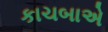
કાચબાએ